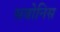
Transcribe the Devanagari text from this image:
सबोनिस